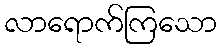
လာရောက်ကြသော